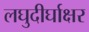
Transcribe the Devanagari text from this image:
लघुदीर्घाक्षर